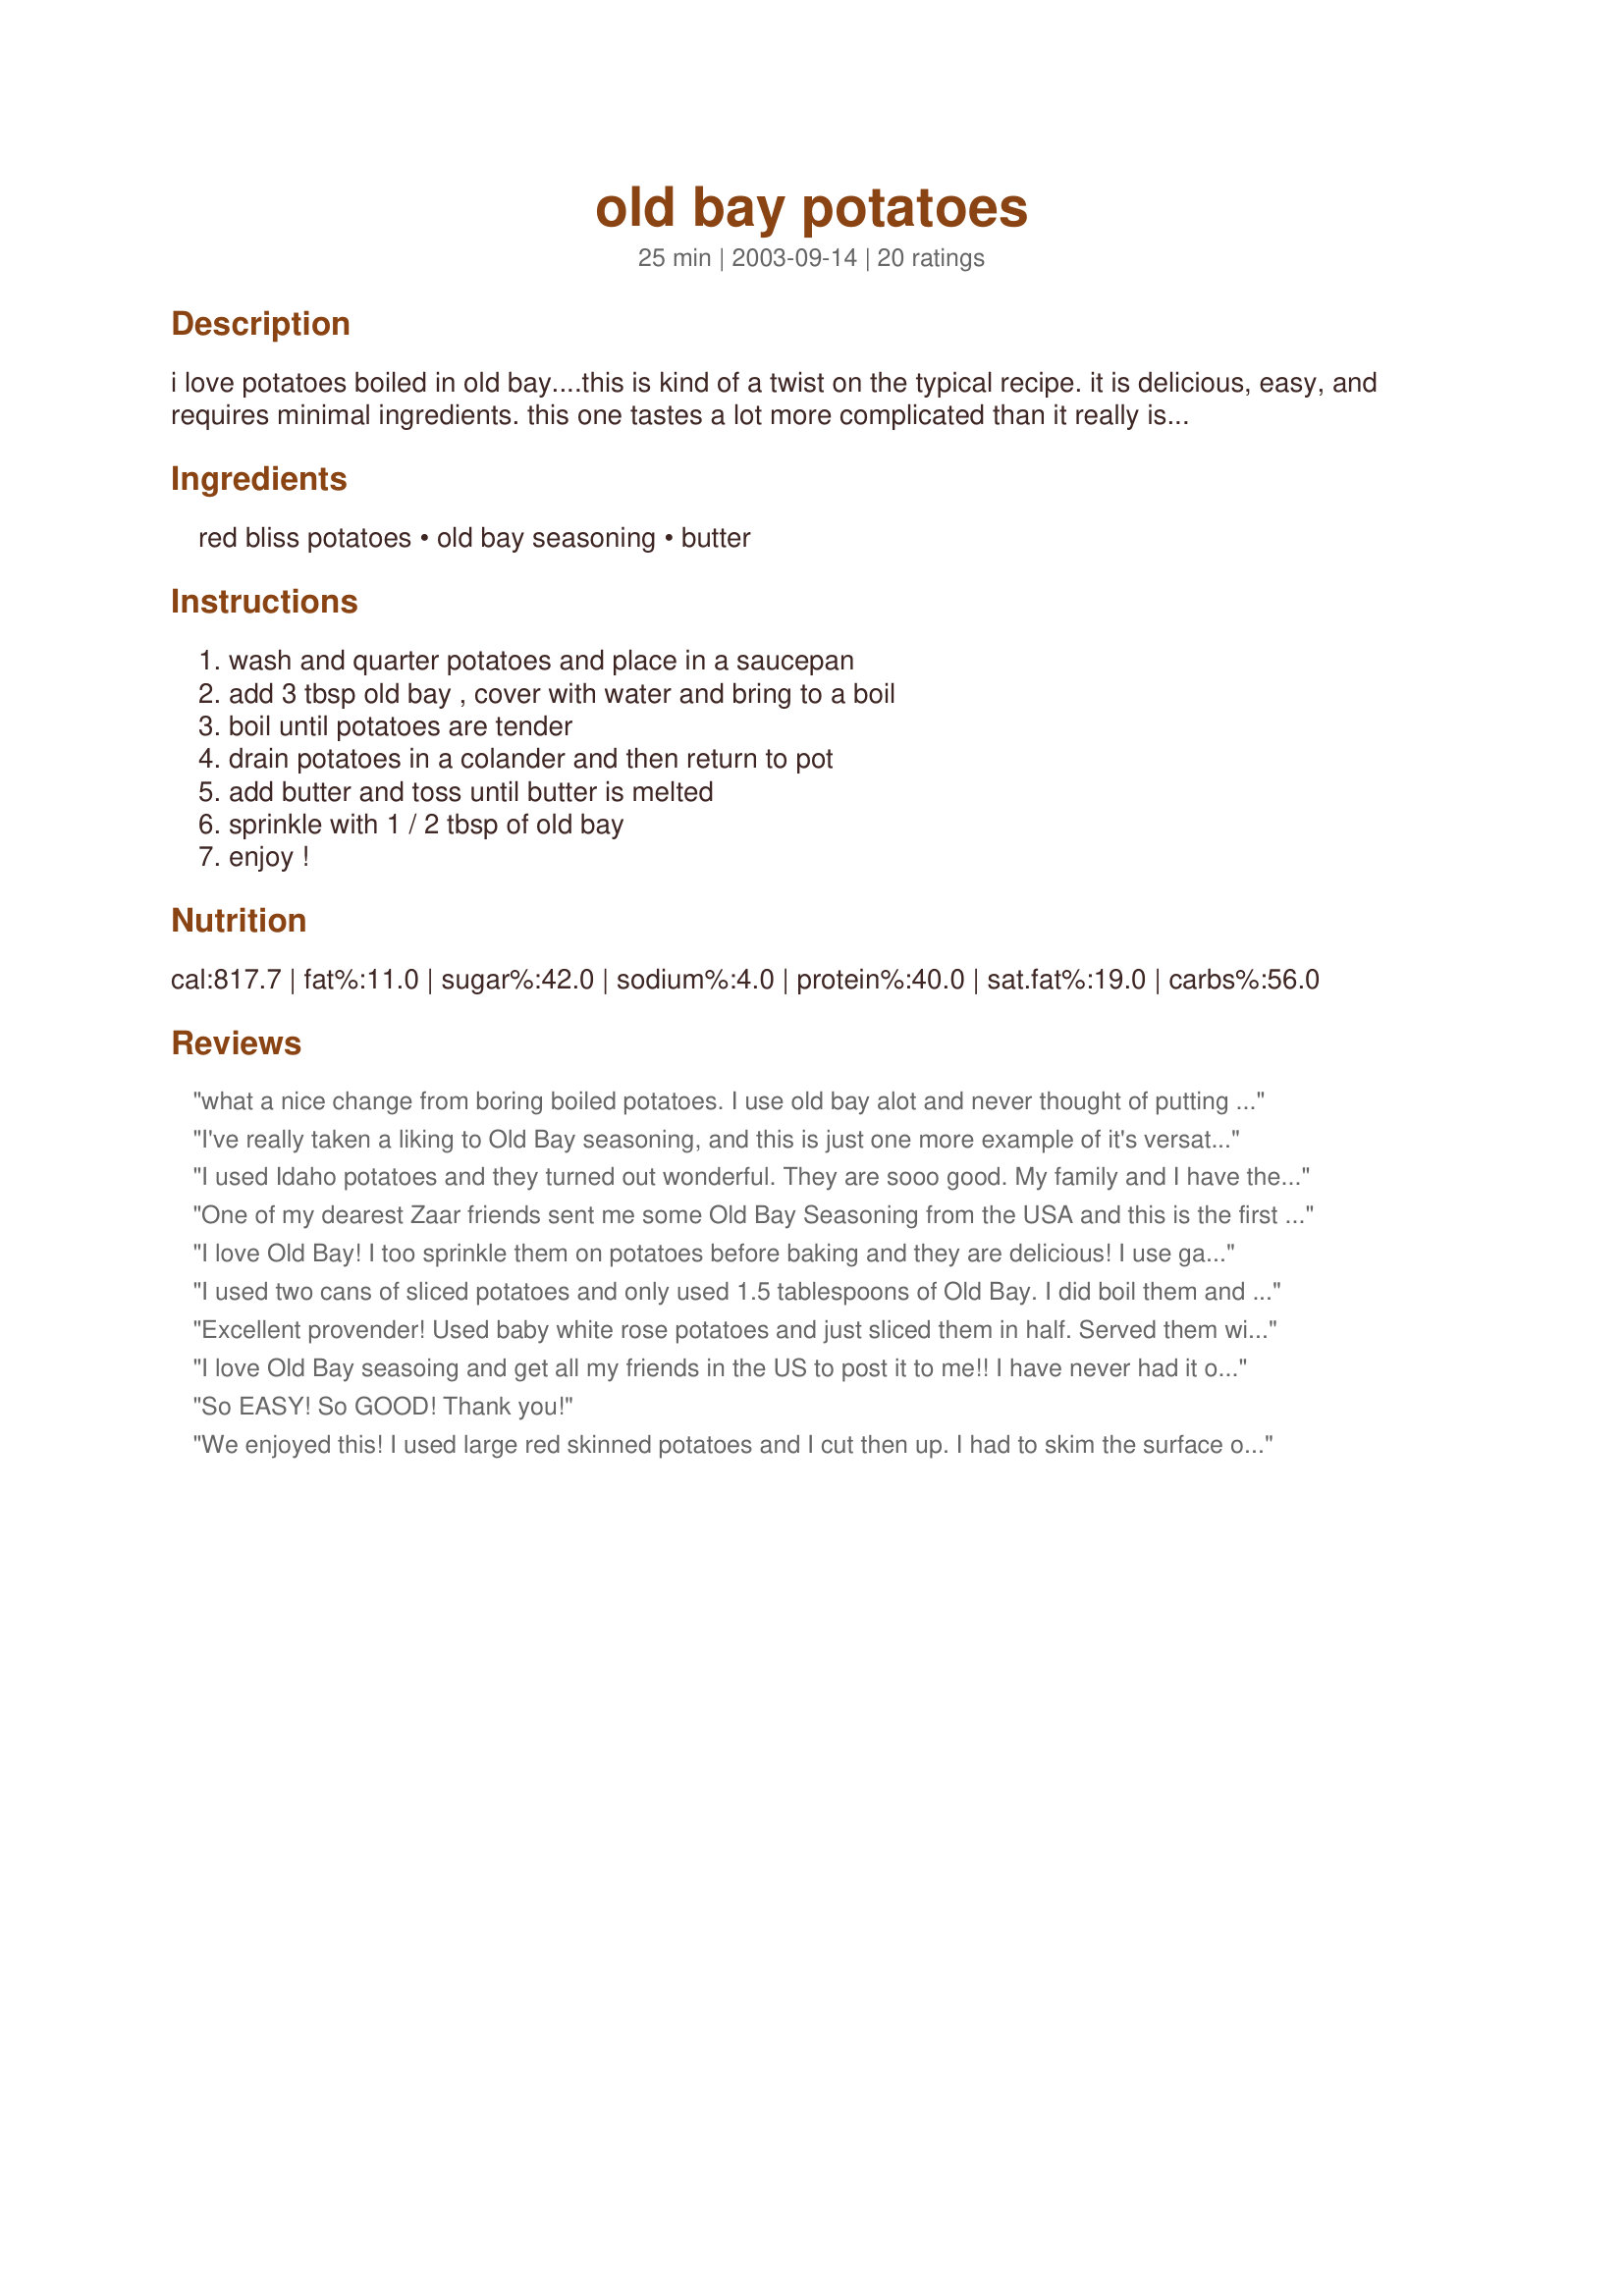
old bay potatoes
Preparation time: 25 minutes

i love potatoes boiled in old bay....this is kind of a twist on the typical recipe. it is delicious, easy, and requires minimal ingredients. this one tastes a lot more complicated than it really is! if you are sensitive to spicy foods i would half or even quarter the amount of old bay used. we like it spicy so this is a spicy recipe.

Ingredients:
red bliss potatoes, old bay seasoning, butter

Steps:
wash and quarter potatoes and place in a saucepan, add 3 tbsp old bay , cover with water and bring to a boil, boil until potatoes are tender, drain potatoes in a colander and then return to pot, add butter and toss until butter is melted, sprinkle with 1 / 2 tbsp of old bay, enjoy !

Reviews:
what a nice change from boring boiled potatoes. I use old bay alot and never thought of putting it in with my boiled taters. We didn't think it was too spicy at all, but then again my kids grew up on old bay. Thanks for sharing!
I've really taken a liking to Old Bay seasoning, and this is just one more example of it's versatility and goodness. I did not sprinkle with addtional Old Bay (missed that part of the recipe), but still found the potatoes very flavorful.
I used Idaho potatoes and they turned out wonderful. They are sooo good. My family and I have them at least once a week. Thanks for posting.
One of my dearest Zaar friends sent me some Old Bay Seasoning from the USA and this is the first recipe I tried using it. We all really enjoyed the potatoes, so simple and quick, with a lot of flavour. Thank you for your post gingerkitten D
I love Old Bay! I too sprinkle them on potatoes before baking and they are delicious! I use garlic & herb Old Bay on alot of things. It's great!!!
I used two cans of sliced potatoes and only used 1.5 tablespoons of Old Bay. I did boil them and drained them. I ended up adding two tablespoons of butter. My family enjoyed these with seafood tonight.
Excellent provender! Used baby white rose potatoes and just sliced them in half. Served them with butter. Great recipe, Gingerkitten D!
I love Old Bay seasoing and get all my friends in the US to post it to me!! I have never had it on potatoes before, and enjoyed it very much. I think this would be great if roasted, and I might try that next time, and I will also cut back on the Old Bay seasoning, much as I love it - I found it just a bit overpowering! A wonderful recipe idea, thanks very much! FT:-)
So EASY! So GOOD!
Thank you!



We enjoyed this! I used large red skinned potatoes and I cut then up. I had to skim the surface of the water during boiling. They tasted a bit sweet and spicy. I used less potatoes and 2 Tbsp. Old Bay. Thanks for the recipe!
I had this review in a while ago but just noticed that I forgot your stars so here they are-better late than never!
So easy, so tasty! Tastes just like the potatoes from a boil.
These were so easy to make. Great change to plain boiled potatoes!
Very easy, very tasty. Was a nice change to potatoes for that something "different". Good recipe!
My family liked these. I don't eat potatoes but will make again per their recommendation. Thanks1
This is the first time I have used Old Bay Seasoning. We don't get it here in Canada. I picked some up on my last visit to the States so I thought I would try this recipe. It was very good, a nice change from regular boiled potatoes.
We made these the other night and just loved them! I'm a confirmed butter addict tho, so I added more butter than the recipe recommends. Very quick and easy to make and quite yummy. Thanks for the post!
I got given a can of Old Bay in a food swap, and have been looking for ways to use it. This amount of Old Bay was too overpowering for our tastes and I'd have like more butter. It was quick and simple though.
We loved this! I didn't pay any attention to the quantities, I just peeled enough potatoes for us and sprinkled with Old Bay to taste. It's a great combination. I used a bit of olive oil rather than butter. Sprinkle the Old Bay and taste, and I'll bet you'll like it too.
I didn't try this...We eat baked potatoes mostly...I do however, sprinkle a generous amount of Old Bay on the spuds and have for some time...And for the folks that don't have access to Old Bay Seasoning, there are recipes here on Recipezaar...Plain potatoes are so---plain...
My brother in law made these for dinner one night and they are really good. If you love old bay you will love these, nice little kick too. Thanks
